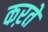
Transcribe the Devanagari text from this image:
कऱते